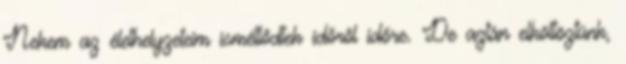
Nekem az élethelyzeteim ismétlődtek időről időre. De aztán elköltöztünk,